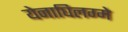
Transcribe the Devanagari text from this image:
येनाघिलग्मे